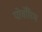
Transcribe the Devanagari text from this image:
पोर्वोरिम